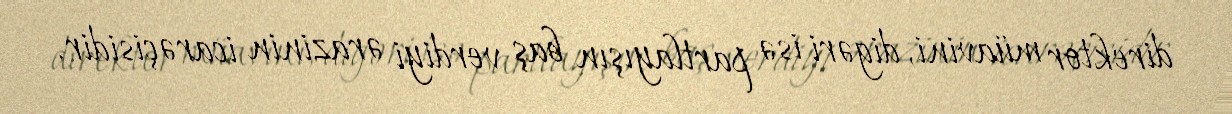
direktor müavini, digəri isə partlayışın baş verdiyi ərazinin icarəçisidir.